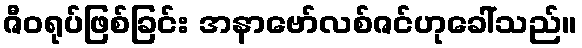
ဇီဝရုပ်ဖြစ်ခြင်း အနာဗော်လစ်ဇင်ဟုခေါ်သည်။